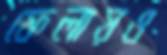
ফেলায়ও